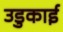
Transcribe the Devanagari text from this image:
उडुकाई